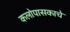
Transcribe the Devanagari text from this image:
कलोपासकाचे